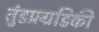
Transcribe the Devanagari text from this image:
तुंडप्रग्रडिकी